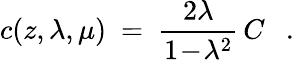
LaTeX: c(z,\lambda,\mu)~=~{\frac{2\lambda}{1\! -\! \lambda^{2}}}\, C~~~.